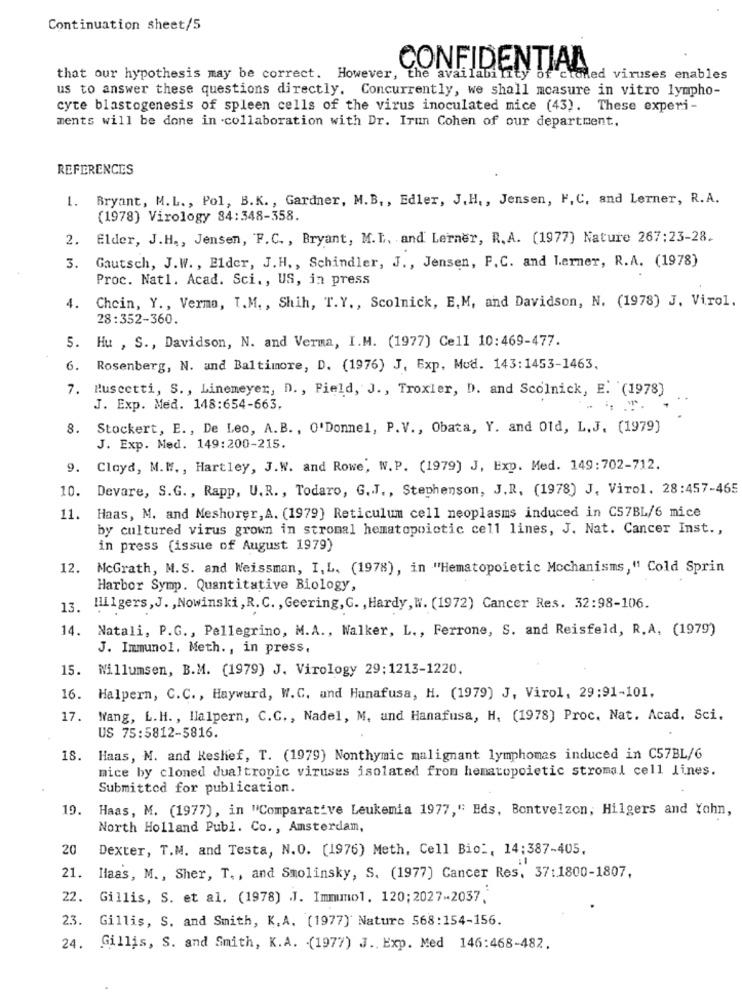
Continuation sheet/5
CONFIDENTIAL
that our hypothesis may be correct. However, the availability of cioned viruses enables
us to answer these questions directly. Concurrently, we shall measure in vitro lympho-
cyte blastogenesis of spleen cells of the virus inoculated mice (43). These experi-
ments will be done in collaboration with Dr. Irun Cohen of our department.
REFERENCES
1. Bryant, M.L ., Pol, B.K ., Gardner, M. B ., Edler, J. H ., Jensen, F, C, and Lerner, R.A.
(1978) Virology 84:348-358.
2. Elder, J.H ., Jensen, F. C ., Bryant, M. I. and Lerner, R. A. (1977) Nature 267:23-28.
3.
Gautsch, J.W. , Elder, J. H ., Schindler, J ., Jensen, F.C. and Lerner, R.A. (1978)
Proc. Nat1. Acad. Sci ., US, in press
4.
Chein, Y ., Verma, I.M ., Shih, T.Y ., Scolnick, E,M, and Davidson, N. (1978) J. Virol.
28:352-360.
5. Hu , S ., Davidson, N. and Verma, I.M. (1977) Cell 10:469-477.
6.
Rosenberg, N. and Baltimore, D. (1976) J. Exp. Mod. 143:1453-1463.
7. Ruscetti, S ., Linemeyer, D ., Field, J ., Troxler, D. and Scolnick, E. (1978)
J. Exp. Med. 148:654-663.
: . T.
8.
Stockert, E ., De Leo, A.B. , O'Donnel, P. V ., Obata, Y. and Old, L.J. (1979]
J. Exp. Med. 149:200-215.
9.
Cloyd, M.W ., Hartley, J.W. and Rowe, W.P. (1979) J, Exp. Med. 149:702-712.
10. Devare, S.G ., Rapp, U.R ., Todaro, G.J ., Stephenson, J.R. (1978) J, Virol. 28:457-465
11.
Haas, M. and Meshorer, A. (1979) Reticulum cell neoplasms induced in C57BL/6 mice
by cultured virus grown in stromal hematopoictic cell lines, J. Nat. Cancer Inst .,
in press (issue of August 1979)
12.
McGrath, M.S. and Weissman, I, L. (1978), in "Hematopoietic Mechanisms," Cold Sprin
Harbor Symp. Quantitative Biology,
13. Hilgers, J. , Nowinski , R. C. , Geering, G. , Hardy, W. (1972) Cancer Res. 32:98-106.
14.
Natali, P.G ., Pellegrino, M.A ., Walker, L ., Ferrone, S. and Reisfeld, R.A. (1979)
J. Immunol, Meth ., in press,
15.
Willumsen, B.M. (1979) J. Virology 29:1213-1220.
16. Halpern, C.C ., Hayward, W.C. and Hanafusa, H. (1979) J, Virol, 29:91-101.
17.
Wang, L.H ., Halpern, C.C ., Nadel, M. und Hanafusa, H, (1978] Proc. Nat. Acad. Sci.
US 75:5812-5816.
18.
Haas, M. and Keshef, T. (1979) Nonthymic malignant lymphomes induced in C57BL/6
mice by cloned dualtropic viruses isolated from hematopoietic stromal cell lines.
Submitted for publication.
19.
Haas, M. (1977), in "Comparative Leukemia 1977," Eds, Bontvelzon, Hilgers and Yohn,
North Holland Publ. Co ., Amsterdam,
20
Dexter, T.M. and Testa, N.O. (1976) Meth, Cell Bio :, 14:387-405,
21. Haas, M ., Sher, T ., and Smolinsky, S. (1977) Cancer Res, 37:1800-1807,
22.
Gillis, S. et al. (1978) J. Immunol. 120;2027-2037,
23. Gillis, S. and Smith, K.A. (1977) Nature 568:154-156.
24. Gillis, S. and Smith, K.A. (1977) J ., Exp. Med 146:468-482.